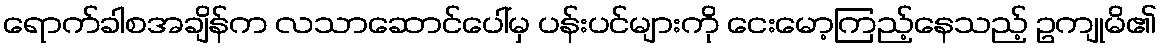
ရောက်ခါစအချိန်က လသာဆောင်ပေါ်မှ ပန်းပင်များကို ငေးမော့ကြည့်နေသည့် ဥကျုမိ၏